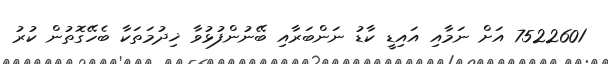
7522601 އަށް ނަމާއި އައިޑީ ކާޑު ނަންބަރާއި ބޭނުންފުޅުވާ ޚިދުމަތަކާ ބެހޭގޮތުން ކުރު